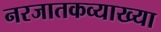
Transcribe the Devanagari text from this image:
नरजातकव्याख्या